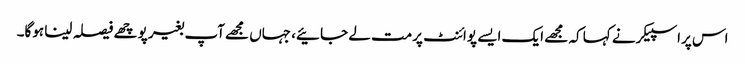
اس پراسپیکرنے کہا کہ مجھے ایک ایسے پوائنٹ پرمت لے جائیے، جہاں مجھےآپ بغیر پوچھے فیصلہ لینا ہوگا۔